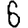
Digit: 6